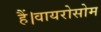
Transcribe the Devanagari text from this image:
हैं।वायरोसोम